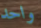
واحد